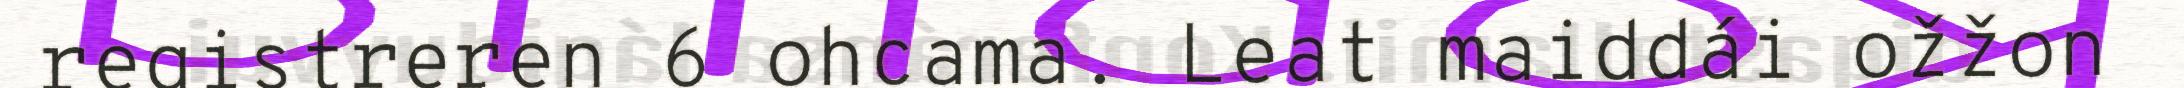
registreren 6 ohcama. Leat maiddái ožžon